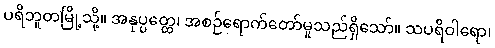
ပရိဘူတမြို့သို့။ အနုပ္ပတ္တေ၊ အစဉ်ရောက်တော်မူသည်ရှိသော်။ သပရိဝါရော၊